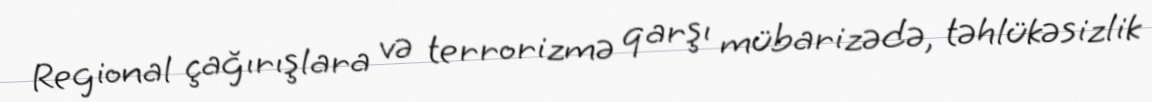
Regional çağırışlara və terrorizmə qarşı mübarizədə, təhlükəsizlik